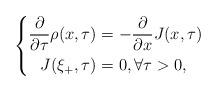
LaTeX: \begin{align*}\left\lbrace \begin{aligned}\frac{\partial}{\partial \tau}\rho(x,\tau)&=-\frac{\partial}{\partial x}J(x,\tau)\\J(\xi_+,\tau)&=0,\forall \tau >0,\end{aligned}\right.\end{align*}